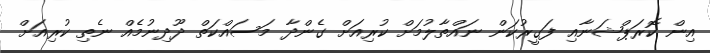
އިން ކޮރަޕްޝަނާއި ފަގީރުކަން ނައްތާލުމަށް ކުރިއަށް ގެންދާ މަސައްކަތް ދޫދިނުމެއް ނެތި ކުރިއަށް